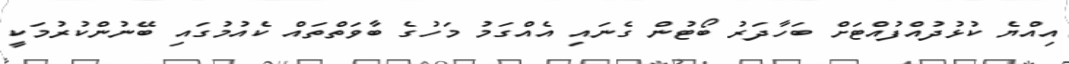
އިއްޔެ ކުޅުދުއްފުއްޓަށް ބަހާދަރު ބޯޓުން ގެނައި އެއްގަމު މަހުގެ ބާވަތްތައް ކެއުމުގައި ބޭނުންކުރުމަކީ